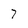
Character: 7